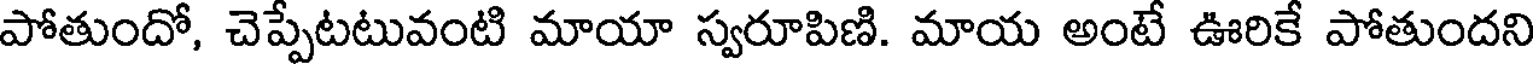
పోతుందో, చెప్పేటటువంటి మాయా స్వరూపిణి. మాయ అంటే ఊరికే పోతుందని